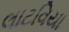
લાટવિયા